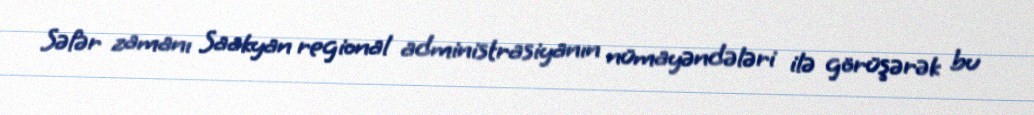
Səfər zamanı Saakyan regional administrasiyanın nümayəndələri ilə görüşərək bu